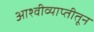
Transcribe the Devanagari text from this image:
आश्वीव्याप्तीतून